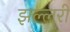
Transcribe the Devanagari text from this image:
झल्लरी